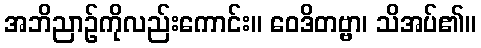
အဘိညာဉ်ကိုလည်းကောင်း။ ဝေဒိတဗ္ဗာ၊ သိအပ်၏။